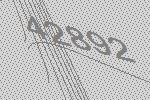
42892